Annual report of the Punjab Veterinary College and of the Civil Veterinary Department, Punjab - 1926-1932
Year: 1926
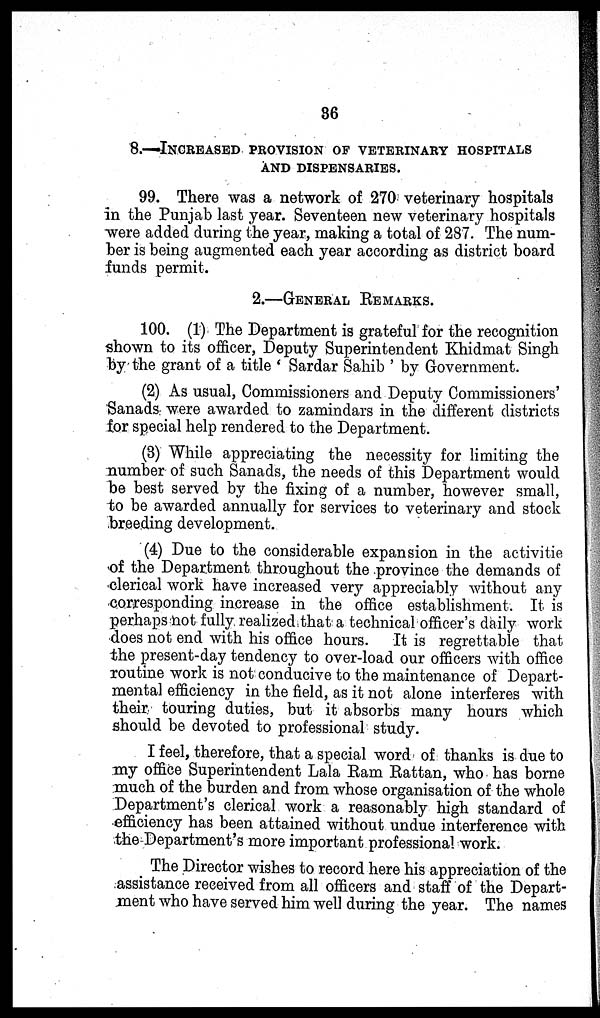
36
8.—INCREASED PROVISION OF VETERINARY HOSPITALS
AND DISPENSARIES.
99. There was a network of 270 veterinary hospitals
in the Punjab last year. Seventeen new veterinary hospitals
were added during the year, making a total of 287. The num-
ber is being augmented each year according as district board
funds permit.
2.—GENERAL REMARKS.
100. (1) The Department is grateful for the recognition
shown to its officer, Deputy Superintendent Khidmat Singh
by the grant of a title 'Sardar Sahib' by Government.
(2) As usual, Commissioners and Deputy Commissioners'
Sanads were awarded to zamindars in the different districts
for special help rendered to the Department.
(3) While appreciating the necessity for limiting the
number of such Sanads, the needs of this Department would
be best served by the fixing of a number, however small,
to be awarded annually for services to veterinary and stock
breeding development.
(4) Due to the considerable expansion in the activitie
of the Department throughout the province the demands of
clerical work have increased very appreciably without any
corresponding increase in the office establishment. It is
perhapsnot fully realized that a technical officer's daily work
does not end with his office hours. It is regrettable that
the present-day tendency to over-load our officers with office
routine work is not conducive to the maintenance of Depart-
mental efficiency in the field, as it not alone interferes with
their touring duties, but it absorbs many hours which
should be devoted to professional study.
I feel, therefore, that a special word of thanks is due to
my office Superintendent Lala Ram Rattan, who has borne
much of the burden and from whose organisation of the whole
Department's clerical work a reasonably high standard of
efficiency has been attained without undue interference with
the Department's more important professional work.
The Director wishes to record here his appreciation of the
assistance received from all officers and staff of the Depart-
ment who have served him well during the year. The names